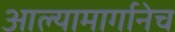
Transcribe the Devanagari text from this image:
आल्यामार्गानेच